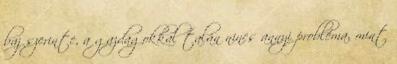
baj szerinte, a gazdagokkal talán nincs annyi probléma, mint